Malarial fevers
Disease focus: Malaria
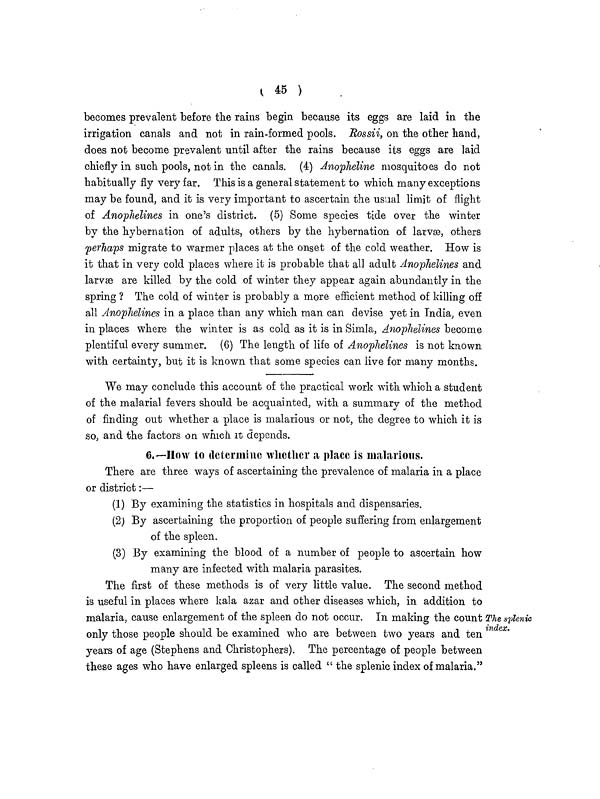
( 45 )
becomes prevalent before the rains begin because its eggs are laid in the
irrigation canals and not in rain-formed pools. Rossii, on the other hand,
does not become prevalent until after the rains because its eggs are laid
chiefly in such pools, not in the canals. (4) Anopheline mosquitoes do not
habitually fly very far. This is a general statement to which many exceptions
may be found, and it is very important to ascertain the usual limit of flight
of Anophelines in one's district. (5) Some species tide over the winter
by the hybernation of adults, others by the hybernation of larvæ, others
perhaps migrate to warmer places at the onset of the cold weather. How is
it that in very cold places where it is probable that all adult Anophelines and
larvæ are killed by the cold of winter they appear again abundantly in the
spring ? The cold of winter is probably a more efficient method of killing off
all Anophelines in a place than any which man can devise yet in India, even
in places where the winter is as cold as it is in Simla, Anophelines become
plentiful every summer. (6) The length of life of Anophelines is not known
with certainty, but it is known that some species can live for many months.
We may conclude this account of the practical work with which a student
of the malarial fevers should be acquainted, with a summary of the method
of finding out whether a place is malarious or not, the degree to which it is
so, and the factors on which it depends.
6.—How to determine whether a place is malarious.
.here are three ways of ascertaining the prevalence of malaria in a place
or district:—
(1) By examining the statistics in hospitals and dispensaries.
(2) By ascertaining the proportion of people suffering from enlargement
of the spleen.
(3) By examining the blood of a number of people to ascertain how
many are infected with malaria parasites.
The splenic
index.
The first of these methods is of very little value. The second method
is useful in places where kala azar and other diseases which, in addition to
malaria, cause enlargement of the spleen do not occur. In making the count
only those people should be examined who are between two years and ten
years of age (Stephens and Christophers). The percentage of people between
these ages who have enlarged spleens is called " the splenic index of malaria."